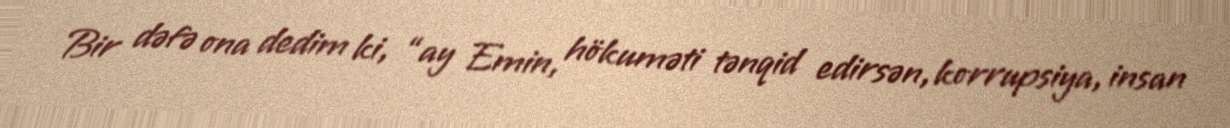
Bir dəfə ona dedim ki, “ay Emin, hökuməti tənqid edirsən, korrupsiya, insan